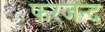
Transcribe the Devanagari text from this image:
फरजन्द